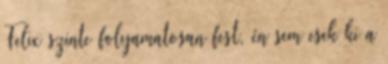
Felix szinte folyamatosan fest, én sem esek ki a